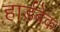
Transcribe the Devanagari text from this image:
हार्डबेक